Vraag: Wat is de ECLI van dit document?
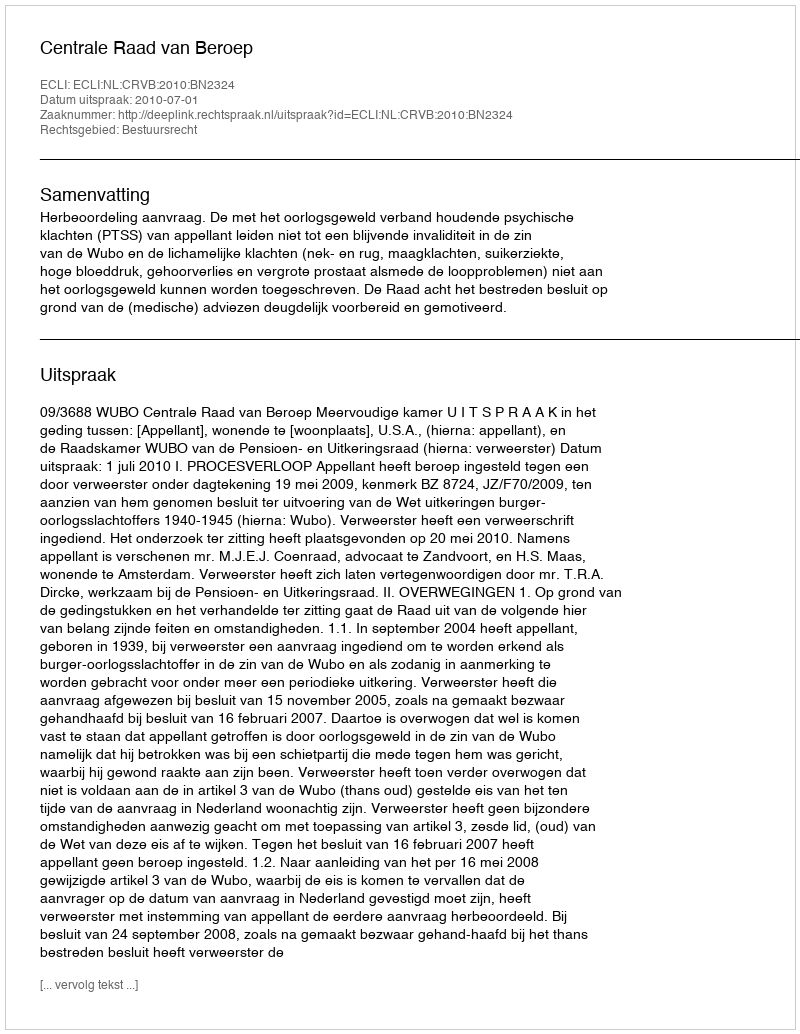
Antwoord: ECLI:NL:CRVB:2010:BN2324